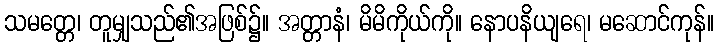
သမတ္တေ၊ တူမျှသည်၏အဖြစ်၌။ အတ္တာနံ၊ မိမိကိုယ်ကို။ နောပနိယျရေ၊ မဆောင်ကုန်။